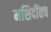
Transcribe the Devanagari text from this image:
मशिदींतच